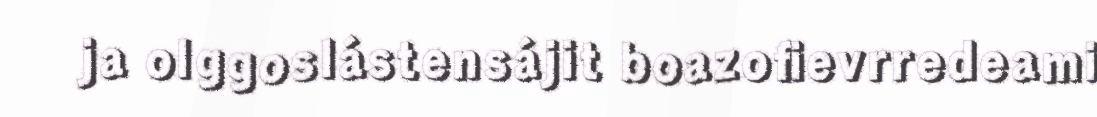
ja olggoslástensájit boazofievrredeami